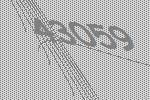
43059